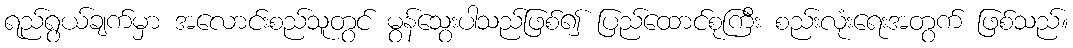
ရည်ရွယ်ချက်မှာ အလောင်းစည်သူတွင် မွန်သွေးပါသည်ဖြစ်၍ ပြည်ထောင်စုကြီး စည်းလုံးရေးအတွက် ဖြစ်သည်။